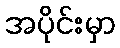
အပိုင်းမှာ